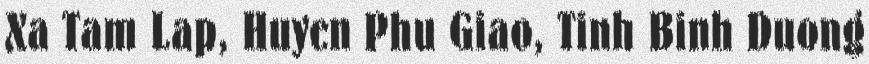
Xa Tam Lap, Huyen Phu Giao, Tinh Binh Duong